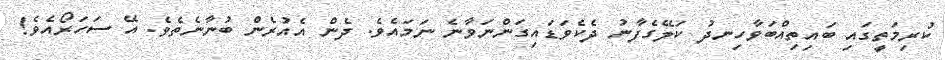
ކުރިމަތީގައި ބައިތިއްބަވާހިނދު ކަލޭގެފާނު ދެކެވަޑައިގަންނަވާނެ ނަމައެވެ. ދެން އެއުރެން ބުނާނެތެވެ. އޭ ސަހަރޯއެވެ!